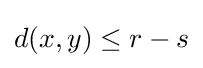
d(x,y)\leq r-s